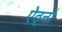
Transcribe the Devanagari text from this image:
ऐठ्नों